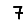
Digit: 7